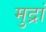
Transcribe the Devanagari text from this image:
मुद्रां